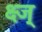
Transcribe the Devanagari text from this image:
क्ष्ज्